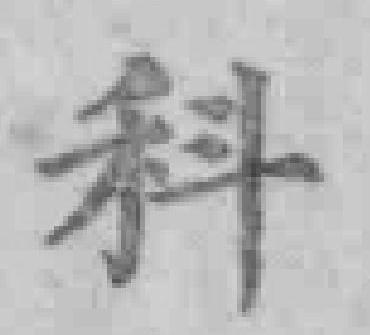
科